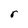
Character: r